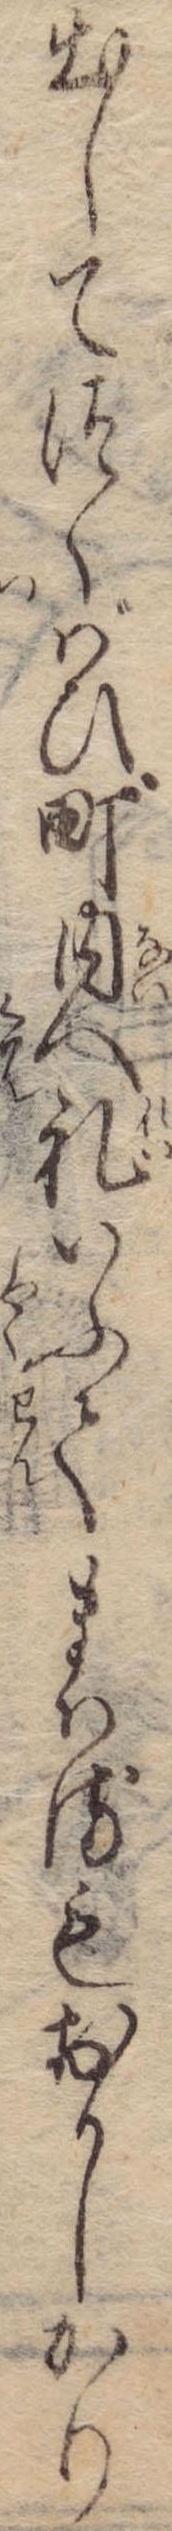
出してつくばひ町内へ礼いふてまはるもおかしかり